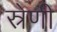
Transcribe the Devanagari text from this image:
स्रेणी